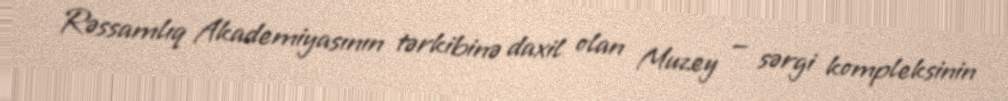
Rəssamlıq Akademiyasının tərkibinə daxil olan Muzey — sərgi kompleksinin